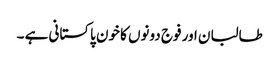
طالبان اور فوج دونوں کا خون پاکستانی ہے ۔